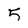
Character: 5